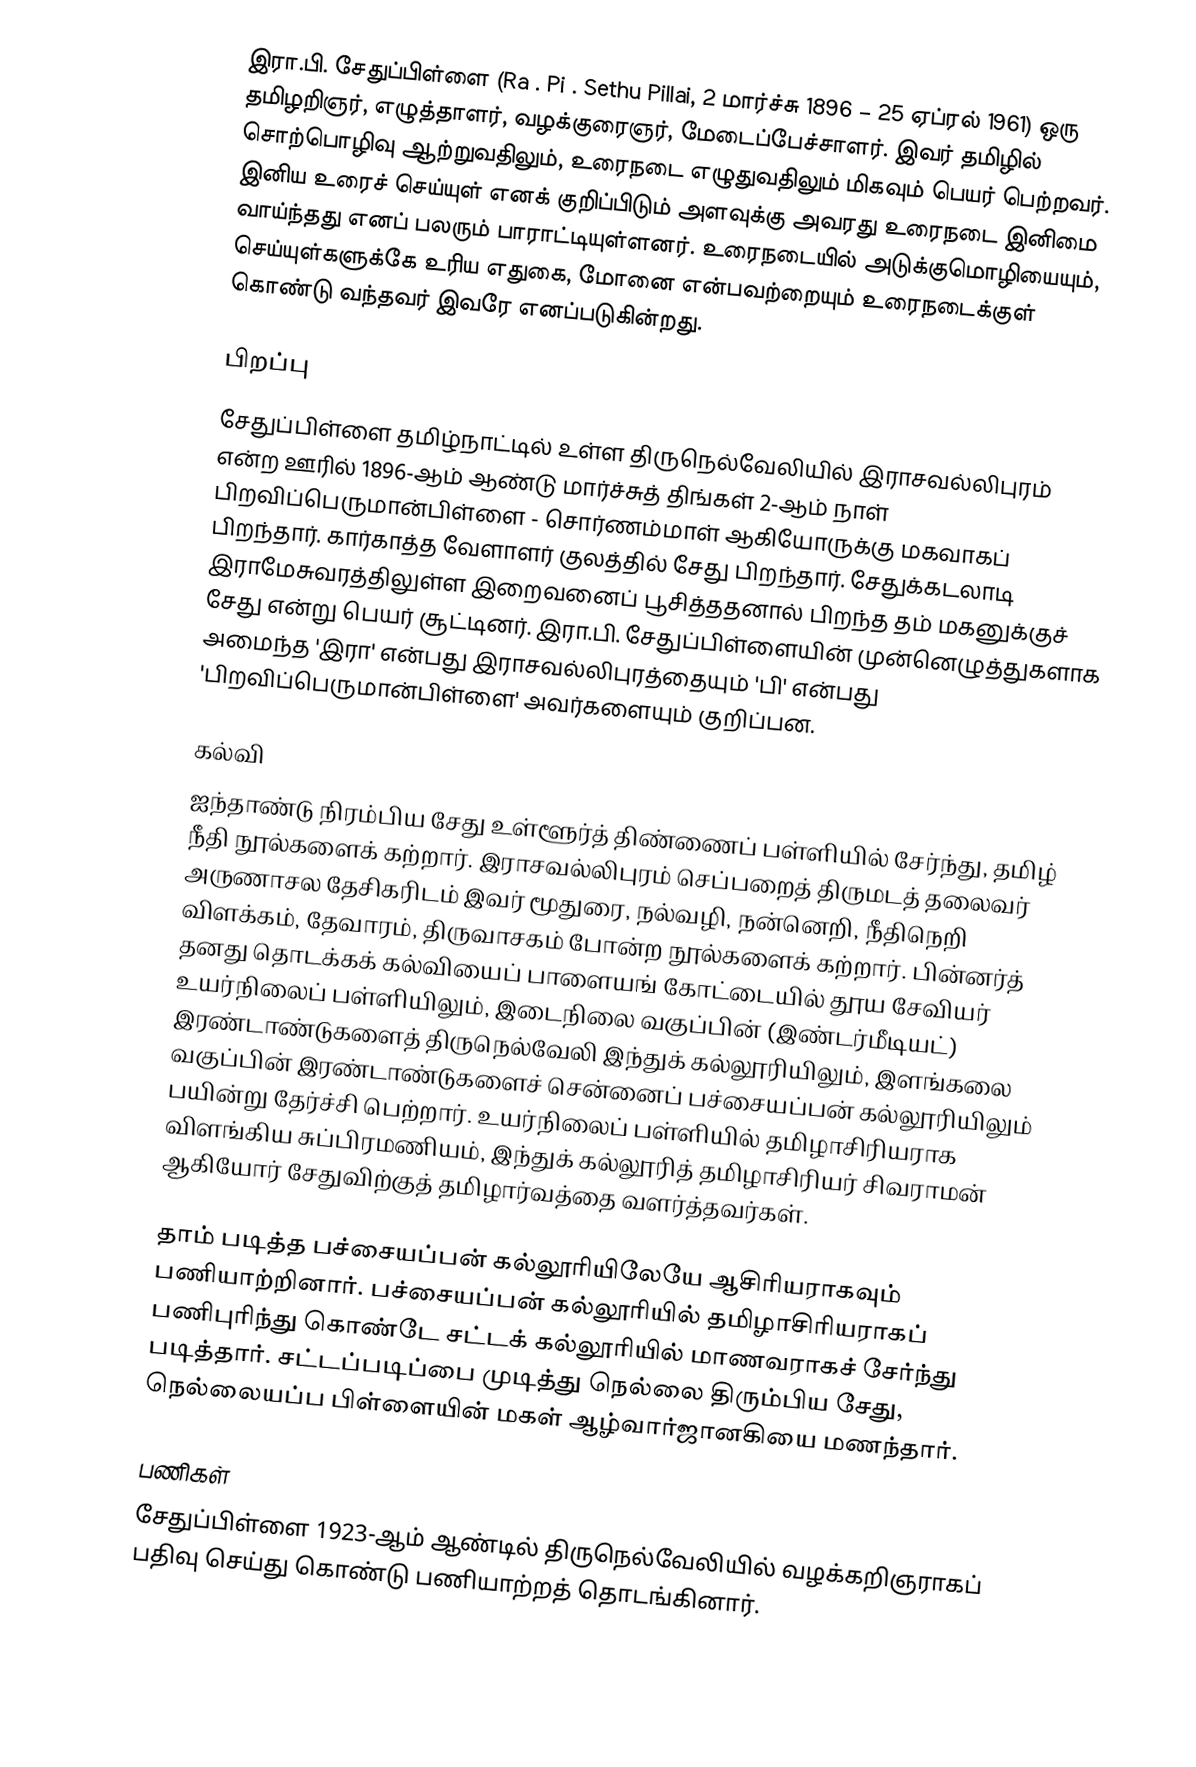
இரா.பி. சேதுப்பிள்ளை (Ra . Pi . Sethu Pillai, 2 மார்ச்சு 1896 – 25 ஏப்ரல்  1961) ஒரு தமிழறிஞர், எழுத்தாளர், வழக்குரைஞர், மேடைப்பேச்சாளர். இவர் தமிழில் சொற்பொழிவு ஆற்றுவதிலும், உரைநடை எழுதுவதிலும் மிகவும் பெயர் பெற்றவர். இனிய உரைச் செய்யுள் எனக் குறிப்பிடும் அளவுக்கு அவரது உரைநடை இனிமை வாய்ந்தது எனப் பலரும் பாராட்டியுள்ளனர். உரைநடையில் அடுக்குமொழியையும், செய்யுள்களுக்கே உரிய எதுகை, மோனை என்பவற்றையும் உரைநடைக்குள் கொண்டு வந்தவர் இவரே எனப்படுகின்றது.

பிறப்பு
சேதுப்பிள்ளை தமிழ்நாட்டில்  உள்ள திருநெல்வேலியில் இராசவல்லிபுரம் என்ற ஊரில் 1896-ஆம் ஆண்டு மார்ச்சுத் திங்கள் 2-ஆம் நாள் பிறவிப்பெருமான்பிள்ளை - சொர்ணம்மாள் ஆகியோருக்கு மகவாகப் பிறந்தார். கார்காத்த வேளாளர் குலத்தில் சேது பிறந்தார். சேதுக்கடலாடி இராமேசுவரத்திலுள்ள இறைவனைப் பூசித்ததனால் பிறந்த தம் மகனுக்குச் சேது என்று பெயர் சூட்டினர். இரா.பி. சேதுப்பிள்ளையின் முன்னெழுத்துகளாக அமைந்த 'இரா' என்பது இராசவல்லிபுரத்தையும் 'பி' என்பது 'பிறவிப்பெருமான்பிள்ளை' அவர்களையும் குறிப்பன.

கல்வி
ஐந்தாண்டு நிரம்பிய சேது உள்ளூர்த் திண்ணைப் பள்ளியில் சேர்ந்து, தமிழ் நீதி நூல்களைக் கற்றார். இராசவல்லிபுரம் செப்பறைத் திருமடத் தலைவர் அருணாசல தேசிகரிடம் இவர் மூதுரை, நல்வழி, நன்னெறி, நீதிநெறி விளக்கம், தேவாரம், திருவாசகம் போன்ற நூல்களைக் கற்றார். பின்னர்த் தனது தொடக்கக் கல்வியைப் பாளையங் கோட்டையில் தூய சேவியர் உயர்நிலைப் பள்ளியிலும், இடைநிலை வகுப்பின் (இண்டர்மீடியட்) இரண்டாண்டுகளைத் திருநெல்வேலி இந்துக் கல்லூரியிலும், இளங்கலை வகுப்பின் இரண்டாண்டுகளைச் சென்னைப் பச்சையப்பன் கல்லூரியிலும் பயின்று தேர்ச்சி பெற்றார். உயர்நிலைப் பள்ளியில் தமிழாசிரியராக விளங்கிய சுப்பிரமணியம், இந்துக் கல்லூரித் தமிழாசிரியர் சிவராமன் ஆகியோர் சேதுவிற்குத் தமிழார்வத்தை வளர்த்தவர்கள்.

தாம் படித்த பச்சையப்பன் கல்லூரியிலேயே ஆசிரியராகவும் பணியாற்றினார். பச்சையப்பன் கல்லூரியில் தமிழாசிரியராகப் பணிபுரிந்து கொண்டே சட்டக் கல்லூரியில் மாணவராகச் சேர்ந்து படித்தார். சட்டப்படிப்பை முடித்து நெல்லை திரும்பிய சேது, நெல்லையப்ப பிள்ளையின் மகள் ஆழ்வார்ஜானகியை மணந்தார்.

பணிகள்
சேதுப்பிள்ளை 1923-ஆம் ஆண்டில் திருநெல்வேலியில் வழக்கறிஞராகப் பதிவு செய்து கொண்டு பணியாற்றத் தொடங்கினார்.